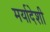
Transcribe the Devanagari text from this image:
मर्यादेशी